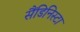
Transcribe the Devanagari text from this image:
सैंडिनिस्टा